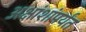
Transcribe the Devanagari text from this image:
अक्षांशांपर्यंत